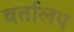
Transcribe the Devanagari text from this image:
वर्तालप